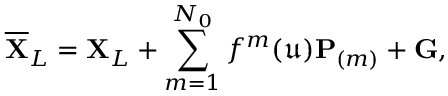
\overline { { \mathbf { X } } } _ { L } = \mathbf { X } _ { L } + \sum _ { m = 1 } ^ { N _ { 0 } } f ^ { m } ( \mathfrak { u } ) \mathbf { P } _ { ( m ) } + \mathbf { G } ,